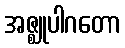
အဇ္ဈုပါဂတော